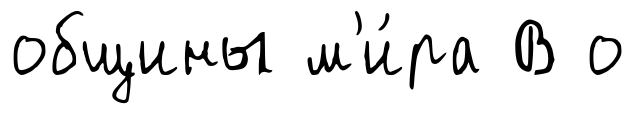
общины м'и́ра В о